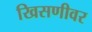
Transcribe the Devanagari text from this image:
खिसणीवर